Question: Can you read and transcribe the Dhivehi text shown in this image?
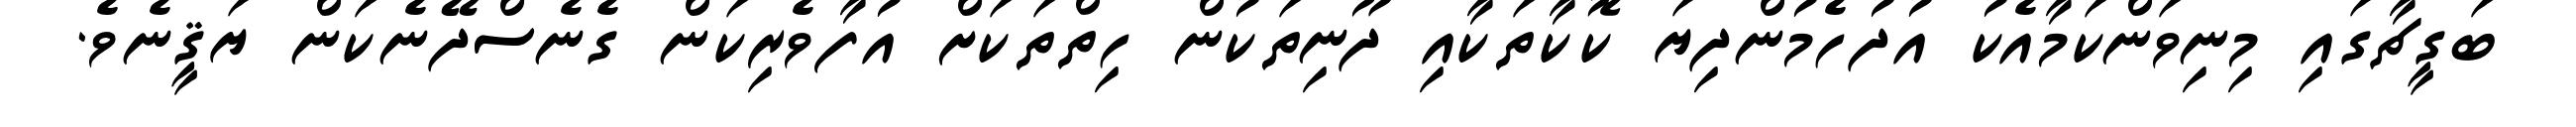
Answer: ބަގީޗާގައި މިނިވަންކަމާއެކު އުދުހެމުންދިޔަ ކޮކާތަކާއި ދޫނިތަކުން ހިތްތަކަށް އުފާވެރިކަން ގެނެސްދޭނެކަން ޔަޤީނެވެ.